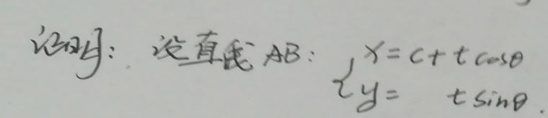
证明：设直线$AB$：$\begin{cases}x = c + t\cos\theta\\y = t\sin\theta\end{cases}$